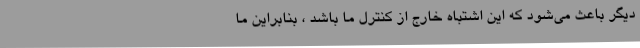
دیگر باعث می‌شود که این اشتباه خارج از کنترل ما باشد ، بنابراین ما